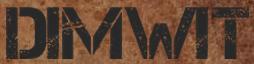
DIMWIT